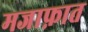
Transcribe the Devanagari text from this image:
मजाफ़ात